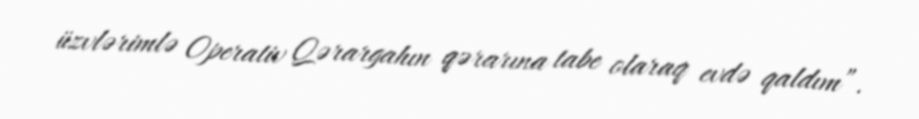
üzvlərimlə Operativ Qərargahın qərarına tabe olaraq evdə qaldım”.